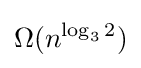
\Omega (n^{\log _{3}2})